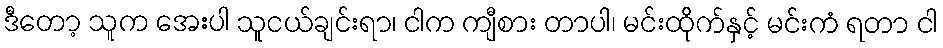
ဒီတော့ သူက အေးပါ သူငယ်ချင်းရာ၊ ငါက ကျီစား တာပါ၊ မင်းထိုက်နှင့် မင်းကံ ရတာ ငါ